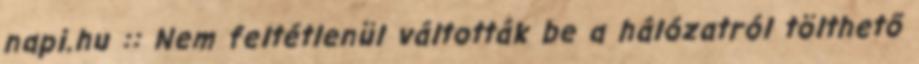
napi.hu :: Nem feltétlenül váltották be a hálózatról tölthető